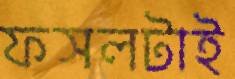
ফসলটাই